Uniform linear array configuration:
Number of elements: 12
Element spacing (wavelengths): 0.75
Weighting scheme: uniform
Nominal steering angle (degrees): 30
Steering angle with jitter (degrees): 30.901
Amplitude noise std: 0.05
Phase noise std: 0.05

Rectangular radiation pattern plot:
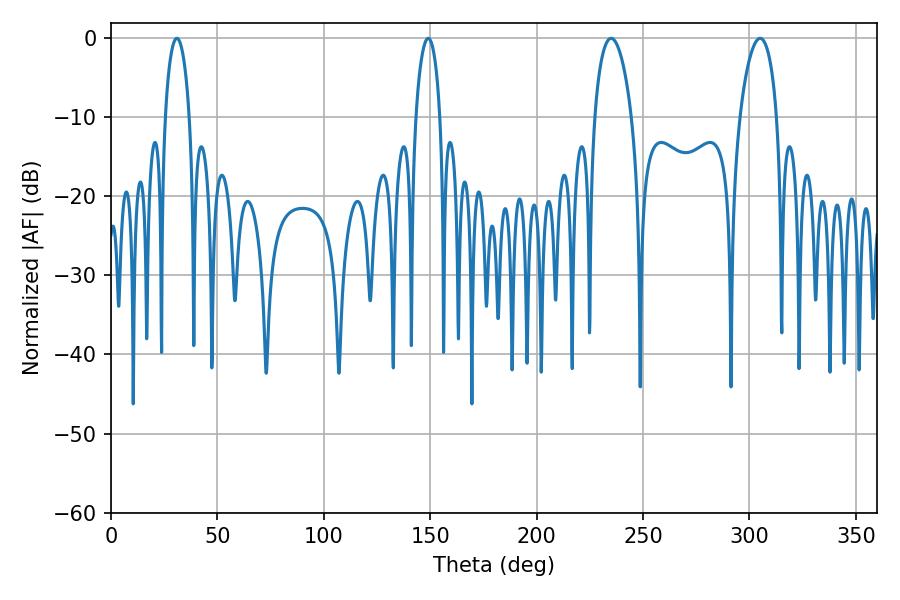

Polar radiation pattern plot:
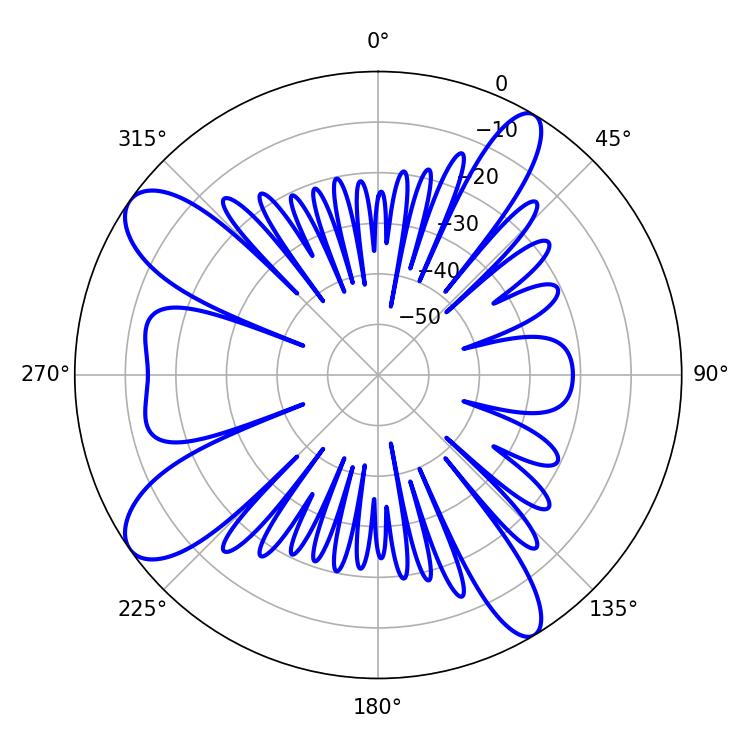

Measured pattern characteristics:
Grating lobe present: TRUE
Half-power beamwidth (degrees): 6.48
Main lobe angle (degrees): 30.96